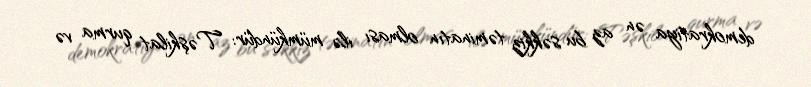
demokratiya ən az bu səkkiz təminatın olması ilə mümkündür: Təşkilat qurma və